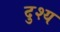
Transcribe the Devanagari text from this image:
दुश्‍य